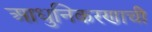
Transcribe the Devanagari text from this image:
आधुनिकरणाची